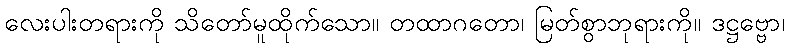
လေးပါးတရားကို သိတော်မူထိုက်သော။ တထာဂတော၊ မြတ်စွာဘုရားကို။ ဒဋ္ဌဗ္ဗော၊